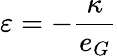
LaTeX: \varepsilon=-\frac{\kappa}{e_{G}}